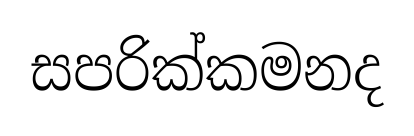
සපරික්කමනද